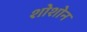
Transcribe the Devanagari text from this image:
शोशोन